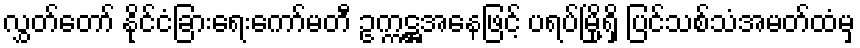
လွှတ်တော် နိုင်ငံခြားရေးကော်မတီ ဥက္ကဋ္ဌအနေဖြင့် ပရပ်မြို့ရှိ ပြင်သစ်သံအမတ်ထံမှ